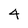
Character: 4